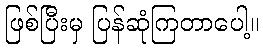
ဖြစ်ပြီးမှ ပြန်ဆုံကြတာပေါ့။